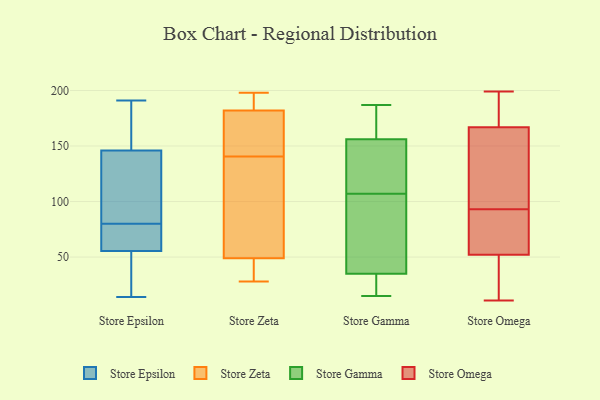
{"axis": {"x": "Bounce Rate (%)", "y": "Value"}, "legend": ["Store Epsilon", "Store Gamma", "Store Omega", "Store Zeta"], "data": [{"x": "", "y": 74, "type": "Store Epsilon"}, {"x": "", "y": 38, "type": "Store Epsilon"}, {"x": "", "y": 70, "type": "Store Epsilon"}, {"x": "", "y": 79, "type": "Store Epsilon"}, {"x": "", "y": 119, "type": "Store Epsilon"}, {"x": "", "y": 127, "type": "Store Epsilon"}, {"x": "", "y": 158, "type": "Store Epsilon"}, {"x": "", "y": 19, "type": "Store Epsilon"}, {"x": "", "y": 191, "type": "Store Epsilon"}, {"x": "", "y": 151, "type": "Store Epsilon"}, {"x": "", "y": 63, "type": "Store Epsilon"}, {"x": "", "y": 87, "type": "Store Epsilon"}, {"x": "", "y": 32, "type": "Store Epsilon"}, {"x": "", "y": 173, "type": "Store Epsilon"}, {"x": "", "y": 146, "type": "Store Epsilon"}, {"x": "", "y": 14, "type": "Store Epsilon"}, {"x": "", "y": 80, "type": "Store Epsilon"}, {"x": "", "y": 53, "type": "Store Epsilon"}, {"x": "", "y": 146, "type": "Store Epsilon"}, {"x": "", "y": 49, "type": "Store Zeta"}, {"x": "", "y": 198, "type": "Store Zeta"}, {"x": "", "y": 141, "type": "Store Zeta"}, {"x": "", "y": 163, "type": "Store Zeta"}, {"x": "", "y": 140, "type": "Store Zeta"}, {"x": "", "y": 182, "type": "Store Zeta"}, {"x": "", "y": 59, "type": "Store Zeta"}, {"x": "", "y": 28, "type": "Store Zeta"}, {"x": "", "y": 39, "type": "Store Zeta"}, {"x": "", "y": 186, "type": "Store Zeta"}, {"x": "", "y": 166, "type": "Store Gamma"}, {"x": "", "y": 173, "type": "Store Gamma"}, {"x": "", "y": 108, "type": "Store Gamma"}, {"x": "", "y": 135, "type": "Store Gamma"}, {"x": "", "y": 35, "type": "Store Gamma"}, {"x": "", "y": 16, "type": "Store Gamma"}, {"x": "", "y": 140, "type": "Store Gamma"}, {"x": "", "y": 39, "type": "Store Gamma"}, {"x": "", "y": 15, "type": "Store Gamma"}, {"x": "", "y": 79, "type": "Store Gamma"}, {"x": "", "y": 187, "type": "Store Gamma"}, {"x": "", "y": 35, "type": "Store Gamma"}, {"x": "", "y": 106, "type": "Store Gamma"}, {"x": "", "y": 156, "type": "Store Gamma"}, {"x": "", "y": 36, "type": "Store Gamma"}, {"x": "", "y": 183, "type": "Store Gamma"}, {"x": "", "y": 31, "type": "Store Gamma"}, {"x": "", "y": 142, "type": "Store Gamma"}, {"x": "", "y": 199, "type": "Store Omega"}, {"x": "", "y": 71, "type": "Store Omega"}, {"x": "", "y": 22, "type": "Store Omega"}, {"x": "", "y": 11, "type": "Store Omega"}, {"x": "", "y": 164, "type": "Store Omega"}, {"x": "", "y": 170, "type": "Store Omega"}, {"x": "", "y": 170, "type": "Store Omega"}, {"x": "", "y": 126, "type": "Store Omega"}, {"x": "", "y": 52, "type": "Store Omega"}, {"x": "", "y": 167, "type": "Store Omega"}, {"x": "", "y": 62, "type": "Store Omega"}, {"x": "", "y": 115, "type": "Store Omega"}, {"x": "", "y": 56, "type": "Store Omega"}, {"x": "", "y": 34, "type": "Store Omega"}]}